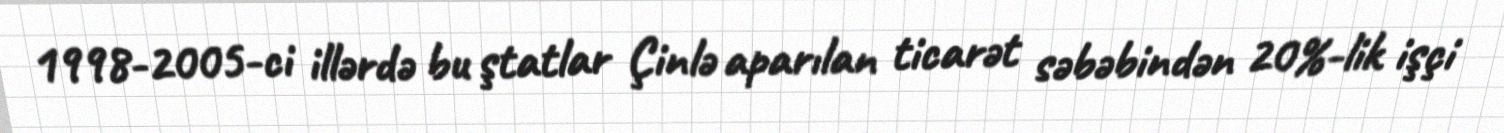
1998-2005-ci illərdə bu ştatlar Çinlə aparılan ticarət səbəbindən 20%-lik işçi